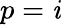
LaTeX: p=\mathit{i}